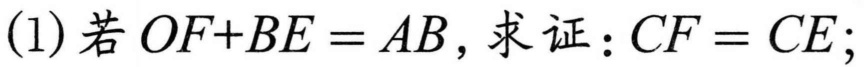
(1)若\(OF + BE = AB\)，求证：\(CF = CE\)；